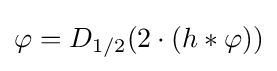
\varphi =D_{1/2}(2\cdot (h*\varphi ))